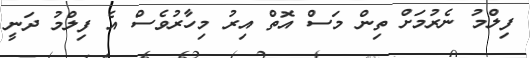
ފިލްމު ނެރުމަށް ތިން މަސް އޮތް އިރު މިހާރުވެސް އެ ފިލްމު ދަނީ